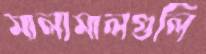
মালামালগুলি